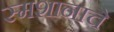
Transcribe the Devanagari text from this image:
स्मशानाचे